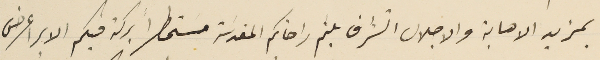
بمزيد الاهابة والاجلال اتشرف بلثم راحاتكم المقدسَة مستمطراً بركة فيكم الابرا عرض